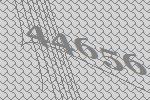
44656